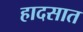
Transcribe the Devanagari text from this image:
हादसात